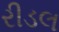
રીડલ